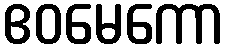
ဧဝမေကော